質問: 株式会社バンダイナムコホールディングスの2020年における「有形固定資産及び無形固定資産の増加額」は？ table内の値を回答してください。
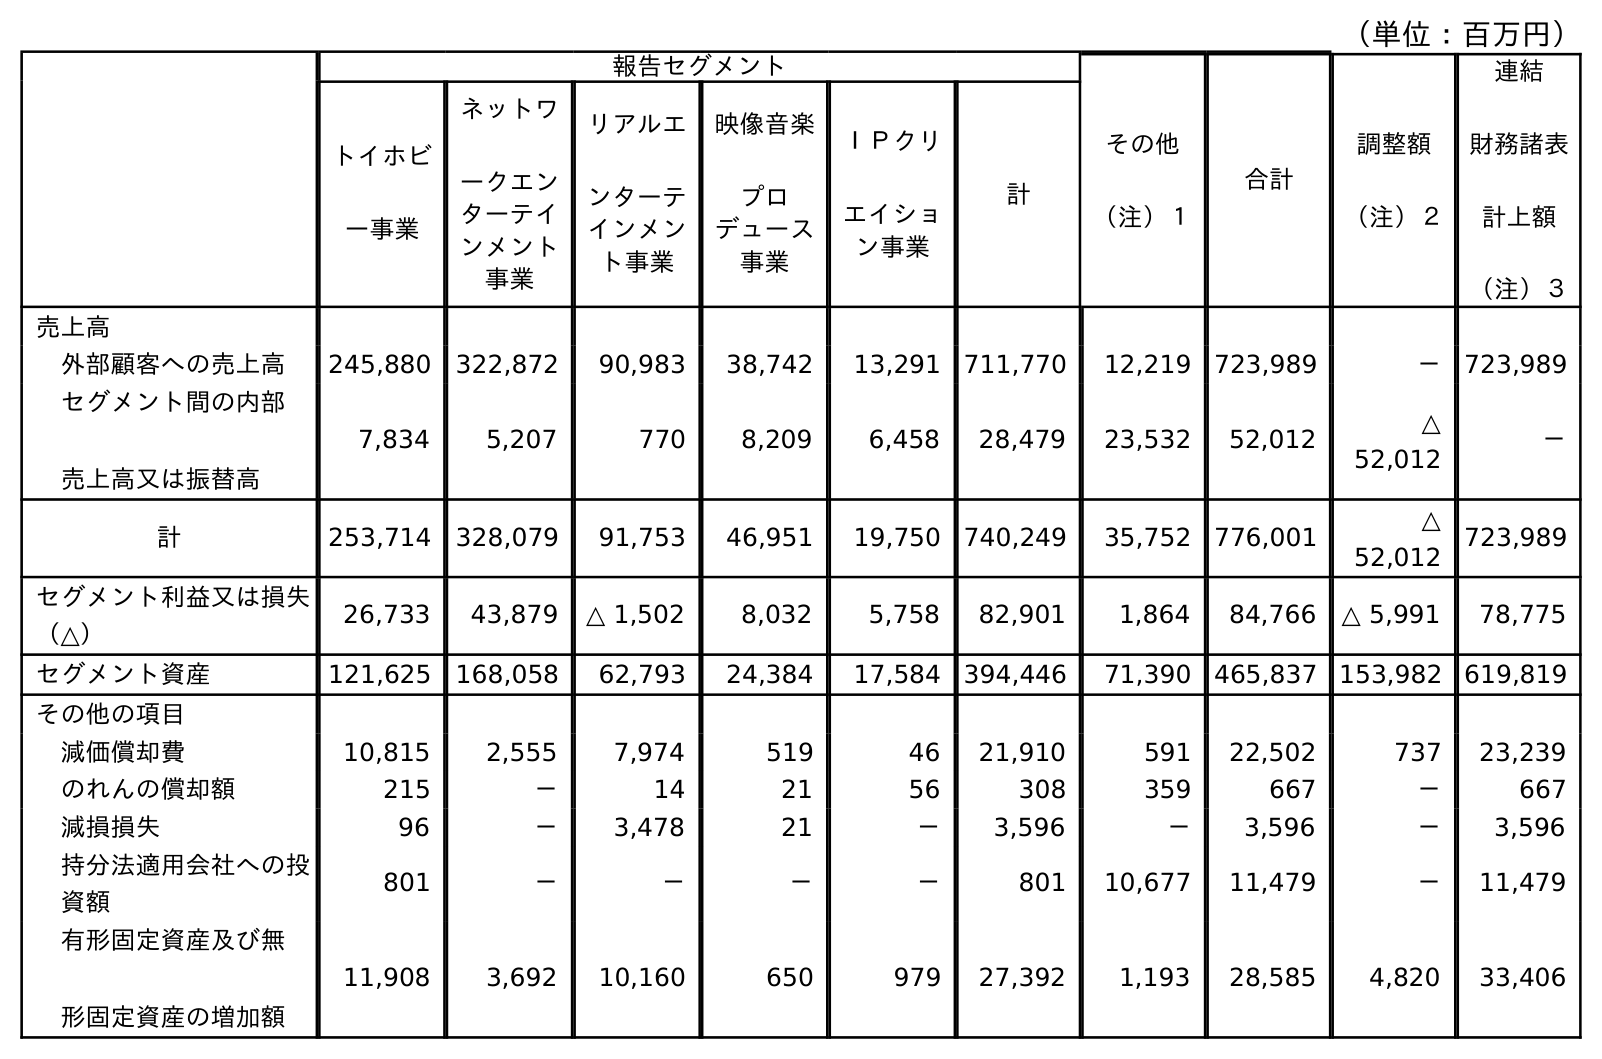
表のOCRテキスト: （単位：百万円） 報告セグメント その他 （注）１ 合計 調整額 （注）２ 連結 財務諸表 計上額 （注）３ トイホビ ー事業 ネットワ ークエン ターテイ ンメント 事業 リアルエ ンターテ インメン ト事業 映像音楽 プロ デュース 事業 ＩＰクリ エイショ ン事業 計 売上高 外部顧客への売上高 245,880 322,872 90,983 38,742 13,291 711,770 12,219 723,989 － 723,989 セグメント間の内部 売上高又は振替高 7,834 5,207 770 8,209 6,458 28,479 23,532 52,012 △ 52,012 － 計 253,714 328,079 91,753 46,951 19,750 740,249 35,752 776,001 △ 52,012 723,989 セグメント利益又は損失 （△） 26,733 43,879 △ 1,502 8,032 5,758 82,901 1,864 84,766 △ 5,991 78,775 セグメント資産 121,625 168,058 62,793 24,384 17,584 394,446 71,390 465,837 153,982 619,819 その他の項目 減価償却費 10,815 2,555 7,974 519 46 21,910 591 22,502 737 23,239 のれんの償却額 215 － 14 21 56 308 359 667 － 667 減損損失 96 － 3,478 21 － 3,596 － 3,596 － 3,596 持分法適用会社への投 資額 801 － － － － 801 10,677 11,479 － 11,479 有形固定資産及び無 形固定資産の増加額 11,908 3,692 10,160 650 979 27,392 1,193 28,585 4,820 33,406
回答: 33,406